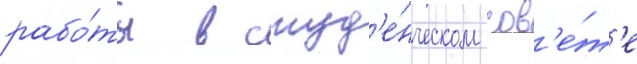
рабо́ты в студ'е́нческом сов'е́т'е